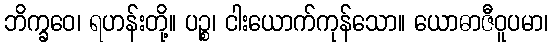
ဘိက္ခဝေ၊ ရဟန်းတို့။ ပဉ္စ၊ ငါးယောက်ကုန်သော။ ယောဓာဇီဝူပမာ၊